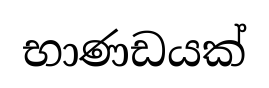
භාණඩයක්